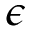
\epsilon